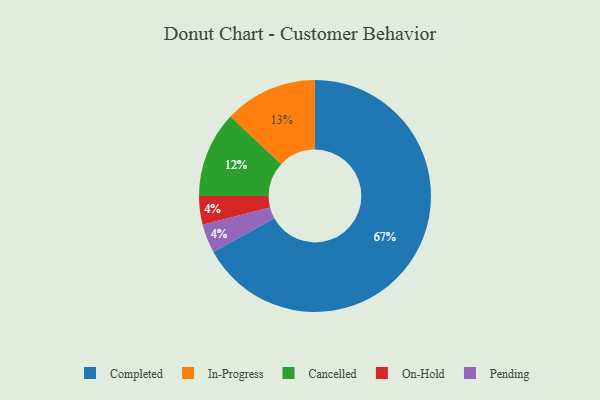
{"axis": {"x": "Category", "y": "Percentage"}, "legend": ["Cancelled", "Completed", "In-Progress", "On-Hold", "Pending"], "data": [{"x": "Cancelled", "y": 12, "type": "Cancelled"}, {"x": "On-Hold", "y": 4, "type": "On-Hold"}, {"x": "Pending", "y": 4, "type": "Pending"}, {"x": "In-Progress", "y": 13, "type": "In-Progress"}, {"x": "Completed", "y": 67, "type": "Completed"}]}